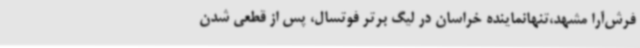
فرش‌آرا مشهد،تنهانماینده خراسان در لیگ برتر فوتسال، پس از قطعی شدن